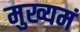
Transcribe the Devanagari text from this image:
मुख्यमं